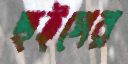
হুইপের